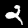
Digit: 2